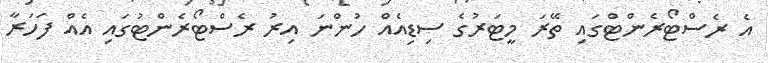
އެ ރެސްޓޯރެންޓްގައި ތޭރަ މީޓަރުގެ ސިޑިއެއް ހުންނަ އިރު ރެސްޓޯރެންޓުގައި އެއް ފަހަރާ